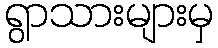
ရွာသားများမှ